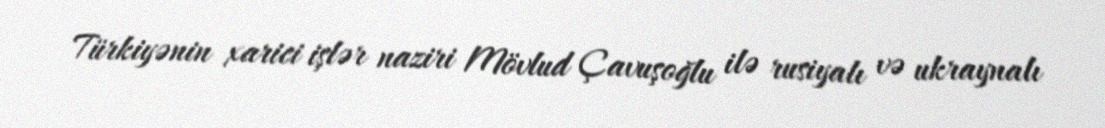
Türkiyənin xarici işlər naziri Mövlud Çavuşoğlu ilə rusiyalı və ukraynalı